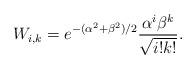
LaTeX: \begin{align*}W_{i,k}=e^{-(\alpha^2+\beta^2)/2}\frac{\alpha^i \beta^k}{\sqrt{i!k!}}.\end{align*}